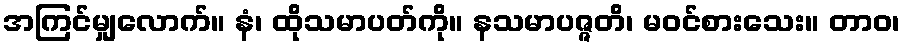
အကြင်မျှလောက်။ နံ၊ ထိုသမာပတ်ကို။ နသမာပဇ္ဇတိ၊ မဝင်စားသေး။ တာဝ၊